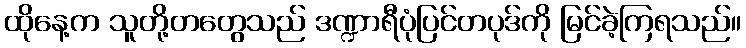
ထိုနေ့က သူတို့တတွေသည် ဒဏ္ဍာရီပုံပြင်တပုဒ်ကို မြင်ခဲ့ကြရသည်။